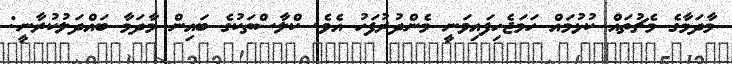
މާދަމާގެ މެޗުތައް ކުޅުމައް ހަމަޖެހިފައިވަނީ މެންދުރުފަހު އެވެ. ކްލާސްތަކުގެ ބައިން މާދަމާ ބައްދަލުކުރާނީ: